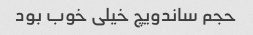
حجم ساندویچ خیلی خوب بود